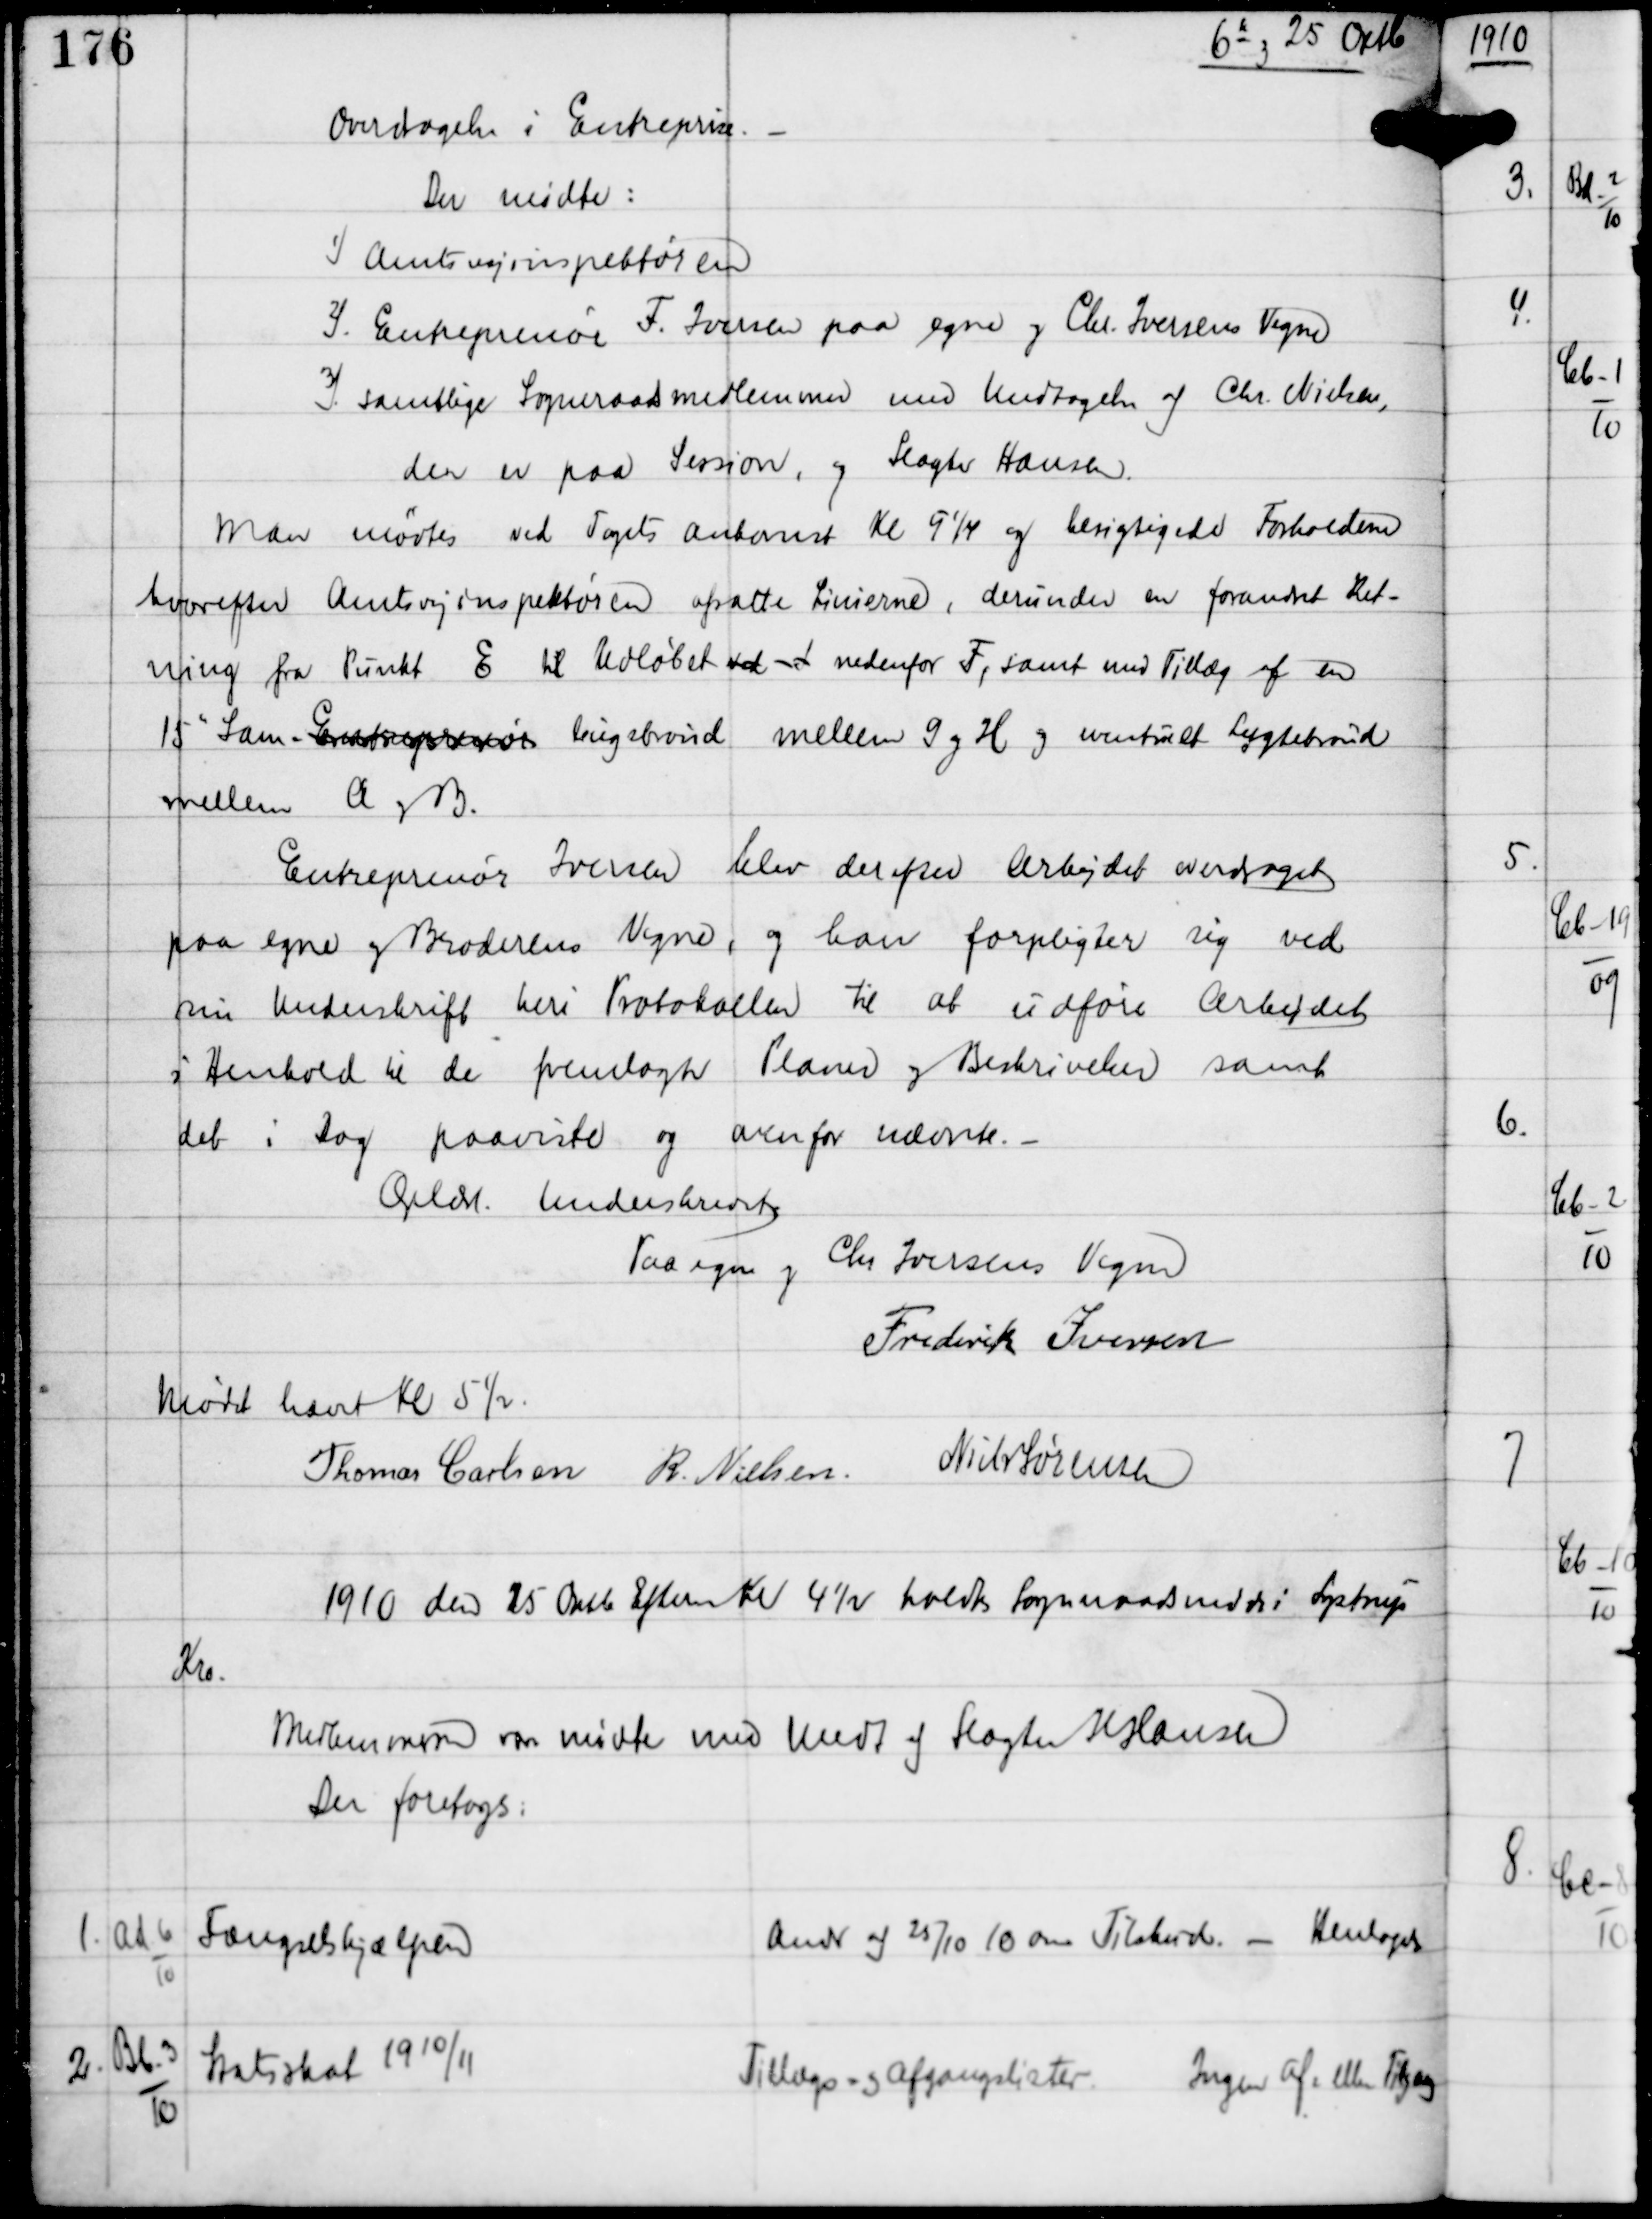
Transskription:
6ts og 25 Oktb

Overdragelse i Entreprice. -
Der mødte:
1) Amtsvejinspektøren
2) Entreprenør F. Iversen paa egne og Chr. Iversens Vegne
3) samtlige Sogneraadsmedlemmer med Undtagelse af Chr Nielsen,
der er paa Session, og Slagter Hansen.

Man mødtes ved Togets ankomst Kl 9¼ og besigtigede Forholdene
hvorefter Amtsvejinspektøren afsatte Linierne, derunder en forandret Ret-
ning fra Punkt E til Udløbet ved nedenfor F, samt med Tillæg af en
15" Sam- Entreprenør lingsbrønd mellem G og H og eventuelt Lygtebrønd
mellem A og B.

Entreprenør Iversen blev derefter Arbejdet overdraget
paa egne og Broderens Vegne, og han forpligter sig ved
sin Underskrift heri Protokollen til at udføre Arbejdet
i Henhold til de fremlagte Planer og Beskrivelser samt
det i Dag paaviste og ovenfor nævnte. -

Oplæst Underskrevet
Paa egne og
Chr Iversens vegne
Frederik Iversen

Mødet hævet Kl 5½
Thomas Carlsen R Nielsen
Niels Sørensen

1910 den 25 Oktb Efterm Kl 4½ holdtes Sogneraadsmøde i Lystrup
Kro.
Medlemmerne vare mødte med Undt af Slagter Hansen
Der foretoges:

1.

Ad-6
10

Fængselshjælpen

Andr af 25/10 10 om Tilskud - Henlagdes

2.

Bb-3
10

Statsskat 1910/11

Tillægs- og Afgangslister
Ingen Af eller Tilgang